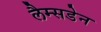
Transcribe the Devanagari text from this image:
लैम्सडेन